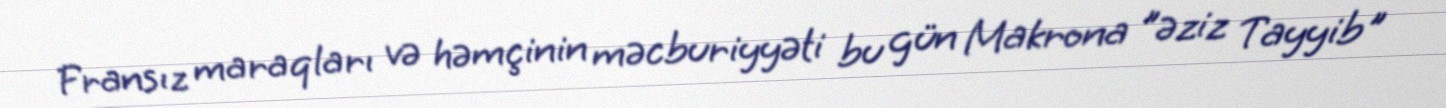
Fransız maraqları və həmçinin məcburiyyəti bu gün Makrona ”əziz Tayyib"